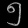
Digit: ၅